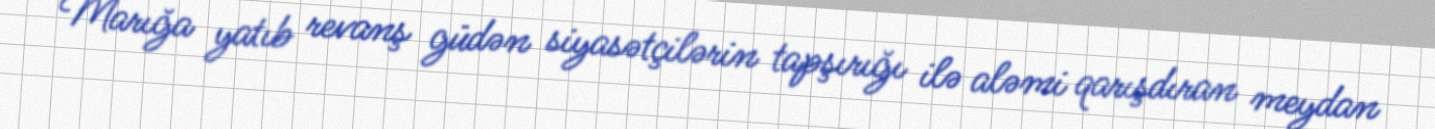
Marığa yatıb revanş güdən siyasətçilərin tapşırığı ilə aləmi qarışdıran meydan